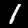
Digit: 1